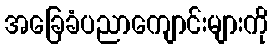
အခြေခံပညာကျောင်းများကို